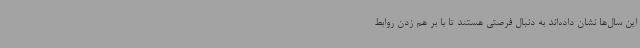
این سال‌ها نشان داده‌اند به دنبال فرصتی هستند تا با بر هم زدن روابط